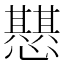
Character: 𢤵